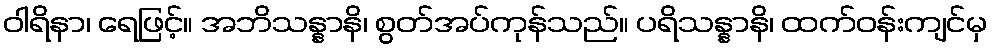
ဝါရိနာ၊ ရေဖြင့်။ အဘိသန္နာနိ၊ စွတ်အပ်ကုန်သည်။ ပရိသန္နာနိ၊ ထက်ဝန်းကျင်မှ